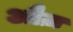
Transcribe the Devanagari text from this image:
औज़